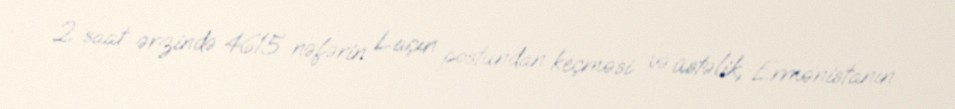
2 saat ərzində 4615 nəfərin Laçın postundan keçməsi və üstəlik, Ermənistanın